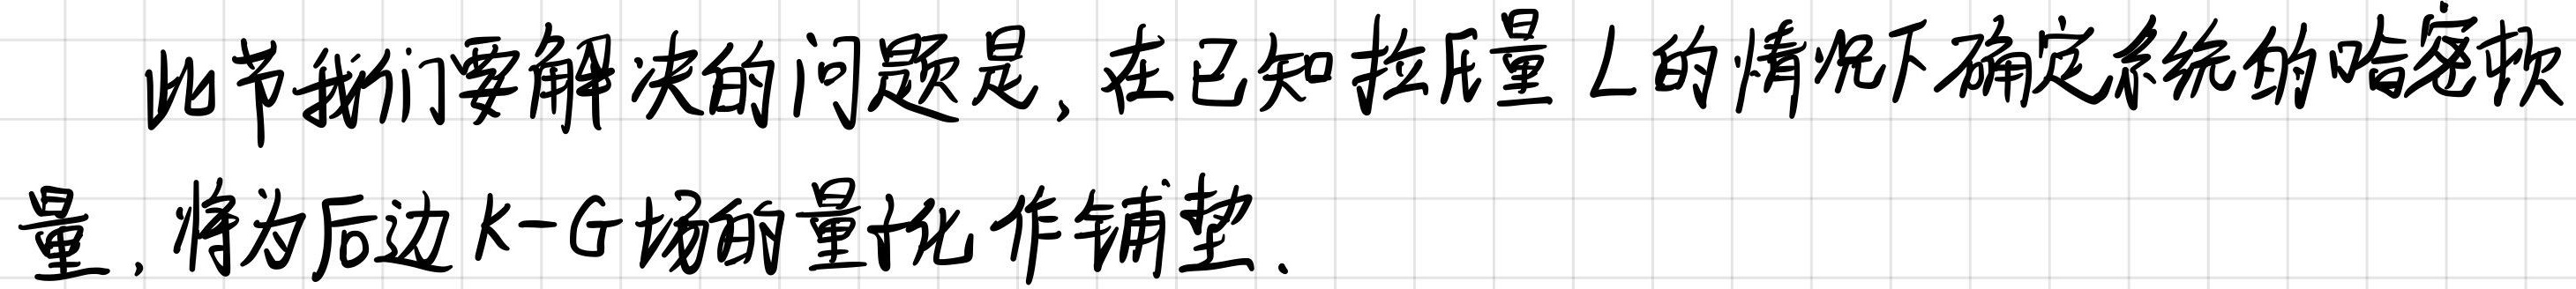
此节我们要解决的问题是, 在已知拉氏量 $L$ 的情况下确定系统的哈密顿量, 将为后边 $K - G$ 场的量化作铺垫.